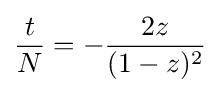
{\frac {t}{N}}=-{\frac {2z}{(1-z)^{2}}}